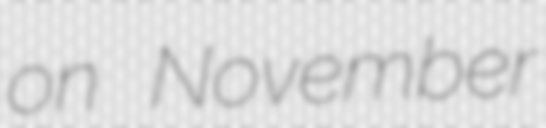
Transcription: on November